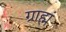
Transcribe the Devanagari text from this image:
ग्राह्मं